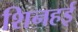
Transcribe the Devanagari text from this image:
शिनहई